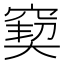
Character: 窫